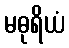
မဓုရိယံ